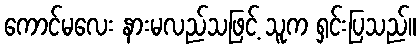
ကောင်မလေး နားမလည်သဖြင့် သူက ရှင်းပြသည်။